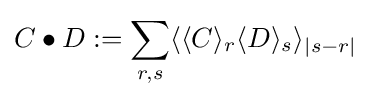
C\bullet D:=\sum _{r,s}\langle \langle C\rangle _{r}\langle D\rangle _{s}\rangle _{|s-r|}